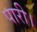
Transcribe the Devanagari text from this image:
पारी।